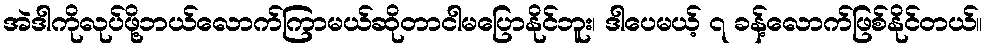
အဲဒါကိုလုပ်ဖို့ဘယ်လောက်ကြာမယ်ဆိုတာငါမပြောနိုင်ဘူး၊ ဒါပေမယ့် ၇ ခန့်လောက်ဖြစ်နိုင်တယ်။